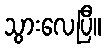
သွားလေပြီ။